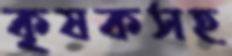
কৃষকসহ